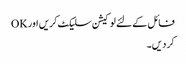
فائل کے لئے لوکیشن سلیکٹ کریں اور OK
کر دیں۔